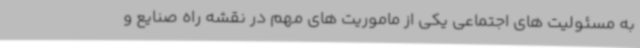
به مسئولیت های اجتماعی یکی از ماموریت های مهم در نقشه راه صنایع و